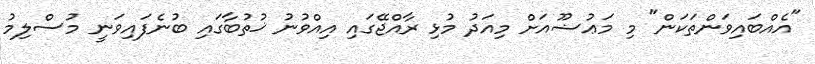
"އެއްބައިވަންތަކަން" މި މަޢުޟޫއަށް މިއަދު މުޅި ރާއްޖޭގައި އިއްވުނު ޚުތުބާގައި ބުނެފައިވަނީ މުސްލިމު